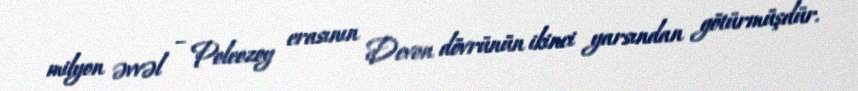
milyon əvvəl – Poleozoy erasının Devon dövrünün ikinci yarsından götürmüşdür.